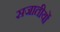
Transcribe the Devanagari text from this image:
सजातीयों